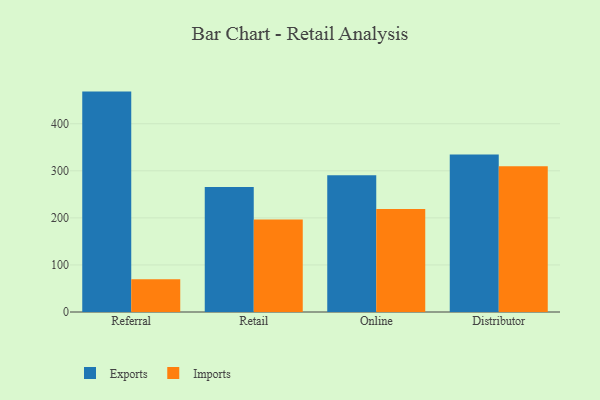
{"axis": {"x": "Channel", "y": "Tickets Resolved"}, "legend": ["Exports", "Imports"], "data": [{"x": "Referral", "y": 468.3, "type": "Exports"}, {"x": "Referral", "y": 69.5, "type": "Imports"}, {"x": "Retail", "y": 265.6, "type": "Exports"}, {"x": "Retail", "y": 196.8, "type": "Imports"}, {"x": "Online", "y": 290.6, "type": "Exports"}, {"x": "Online", "y": 218.8, "type": "Imports"}, {"x": "Distributor", "y": 334.8, "type": "Exports"}, {"x": "Distributor", "y": 309.9, "type": "Imports"}]}